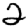
Digit: 2